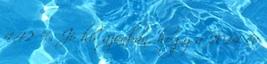
4,42 %. Jó hír azonban, hogy a 2014 év